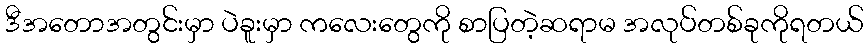
ဒီအတောအတွင်းမှာ ပဲခူးမှာ ကလေးတွေကို စာပြတဲ့ဆရာမ အလုပ်တစ်ခုကိုရတယ်